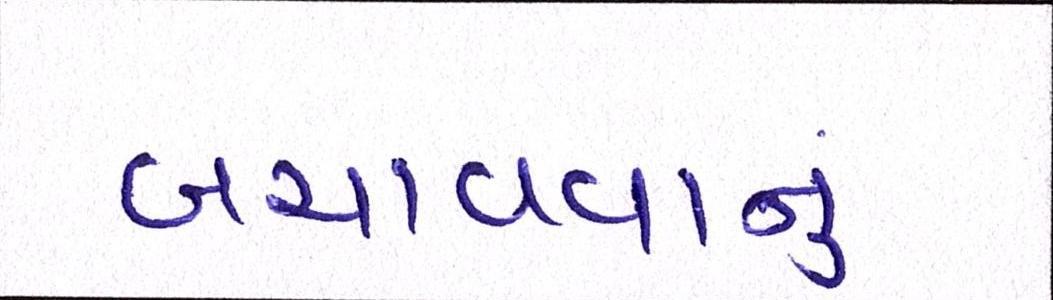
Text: બચાવવાનું